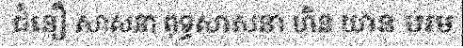
ជំនឿ សាសនា ពុទ្ធសាសនា ហិន យាន បរម